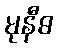
မုနီဓ